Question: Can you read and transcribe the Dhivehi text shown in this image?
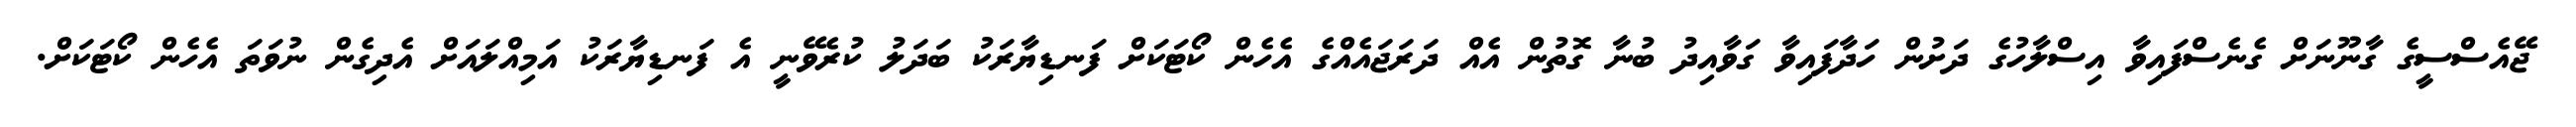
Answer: ޖޭއެސްސީގެ ގާނޫނަށް ގެނެސްފައިވާ އިސްލާހުގެ ދަށުން ހަދާފައިވާ ގަވާއިދު ބުނާ ގޮތުން އެއް ދަރަޖައެއްގެ އެހެން ކޯޓަކަށް ފަނޑިޔާރަކު ބަދަލު ކުރެވޭނީ އެ ފަނޑިޔާރަކު އަމިއްލައަށް އެދިގެން ނުވަތަ އެހެން ކޯޓަކަށް.